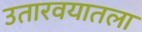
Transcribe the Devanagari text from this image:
उतारवयातला